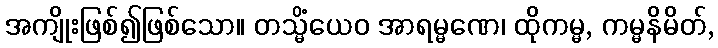
အကျိုးဖြစ်၍ဖြစ်သော။ တသ္မိံယေဝ အာရမ္မဏေ၊ ထိုကမ္မ, ကမ္မနိမိတ်,